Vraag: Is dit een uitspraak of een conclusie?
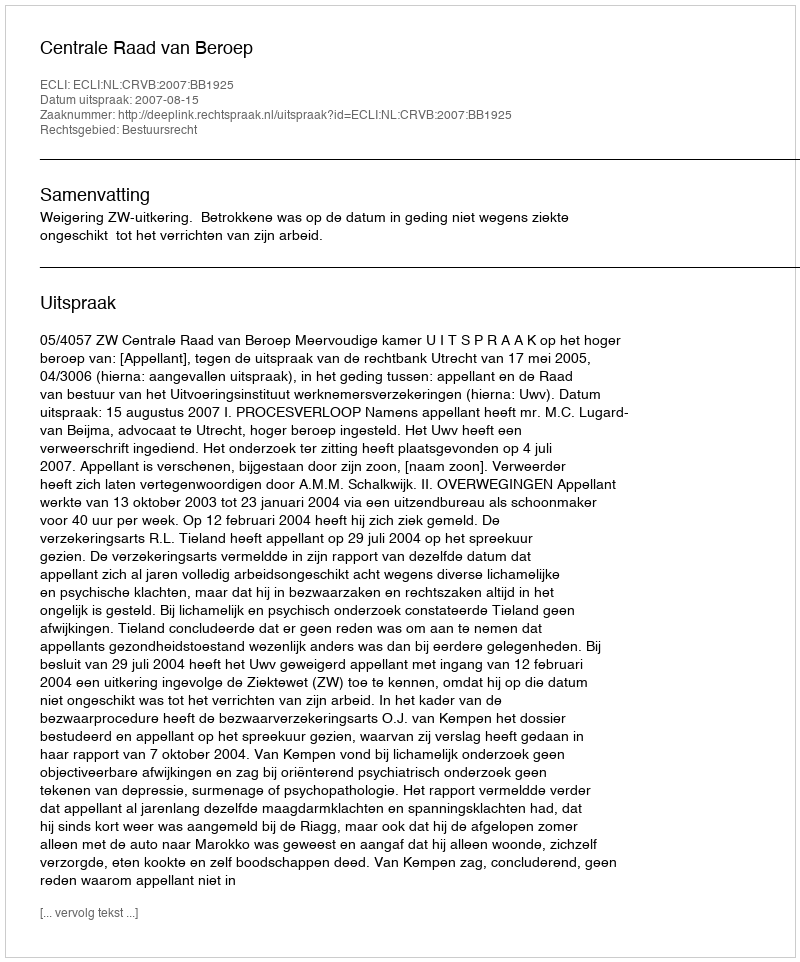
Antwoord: Uitspraak